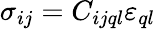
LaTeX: \sigma_{ij}=C_{ijql}\varepsilon_{ql}